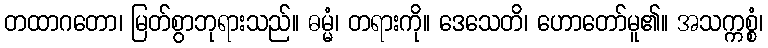
တထာဂတော၊ မြတ်စွာဘုရားသည်။ ဓမ္မံ၊ တရားကို။ ဒေသေတိ၊ ဟောတော်မူ၏။ အသက္ကစ္စံ၊